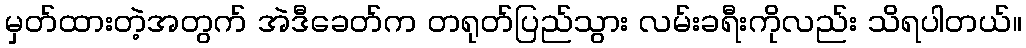
မှတ်ထားတဲ့အတွက် အဲဒီခေတ်က တရုတ်ပြည်သွား လမ်းခရီးကိုလည်း သိရပါတယ်။